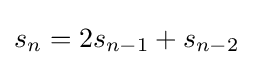
s_{n}=2s_{n-1}+s_{n-2}